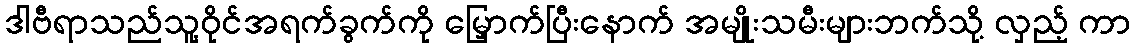
ဒါဗီရာသည်သူ့ဝိုင်အရက်ခွက်ကို မြှောက်ပြီးနောက် အမျိုးသမီးများဘက်သို့ လှည့် ကာ